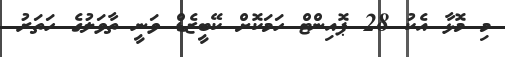
މި މޮޅާ އެކު 28 ޕޮއިންޓް ހަމަކޮށް ކޭބީޒެޑް ވަނީ ތާވަލުގެ ހަތަރު